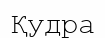
Қудра